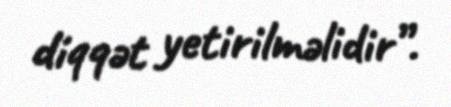
diqqət yetirilməlidir”.